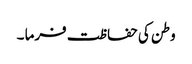
وطن کی حفاظت فرما ۔